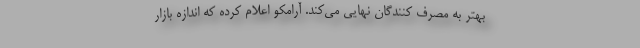
بهتر به مصرف کنندگان نهایی می‌کند. آرامکو اعلام کرده که اندازه بازار